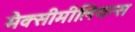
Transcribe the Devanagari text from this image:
मैक्सीमीलियन्स